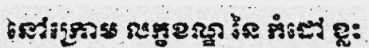
នៅក្រោម លក្ខខណ្ឌ នៃ កំដៅ ខ្លះ